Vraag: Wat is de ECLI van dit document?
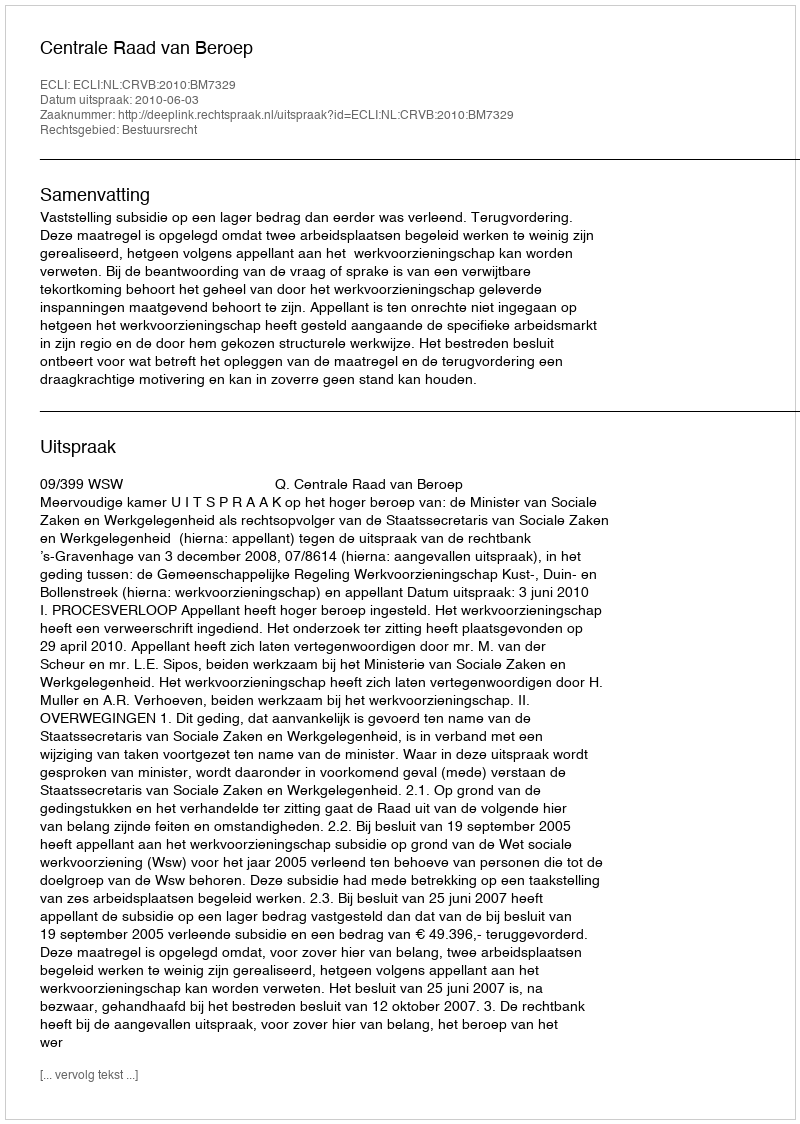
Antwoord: ECLI:NL:CRVB:2010:BM7329